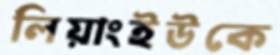
লিয়াংইউকে